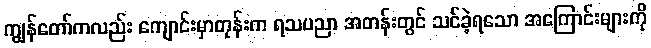
ကျွန်တော်ကလည်း ကျောင်းမှာတုန်းက ရသပညာ အတန်းတွင် သင်ခဲ့ရသော အကြောင်းများကို